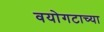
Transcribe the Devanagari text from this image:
वयोगटाच्या